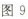
图9